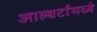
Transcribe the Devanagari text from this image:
आल्बर्टामध्ये